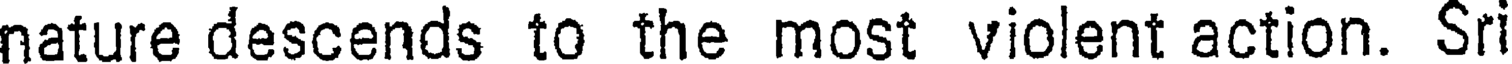
nature descends to the most violent action. Sr